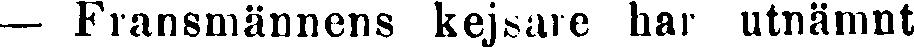
— Fransmännens kejsare har utnämnt